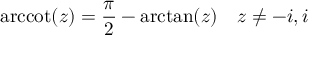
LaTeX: \operatorname { a r c c o t } ( z ) = { \frac { \pi } { 2 } } - \arctan ( z ) \quad z \neq - i , i